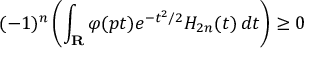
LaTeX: ( - 1 ) ^ { n } \left( \int _ { \mathbf { R } } \varphi ( p t ) e ^ { - t ^ { 2 } / 2 } H _ { 2 n } ( t ) \, d t \right) \geq 0